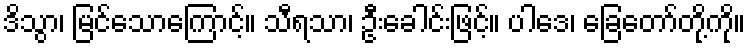
ဒိသွာ၊ မြင်သောကြောင့်။ သီရသာ၊ ဦးခေါင်းဖြင့်။ ပါဒေ၊ ခြေတော်တို့ကို။